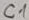
Text: C1